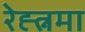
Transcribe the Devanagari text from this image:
रेह्त्नमा